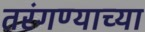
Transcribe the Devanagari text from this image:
तरंगण्याच्या